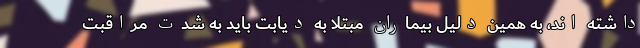
داشته اند، به همین دلیل بیماران مبتلا به دیابت باید به شدت مراقبت